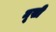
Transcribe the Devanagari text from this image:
मूखी